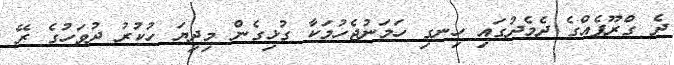
ދެ ގްރޫޕެއްގެ ދެމެދުގައި ހިނގި ހަމަނުޖެހުމަކާ ގުޅިގެން މިދިޔަ ހުކުރު ދުވަހުގެ ރޭ